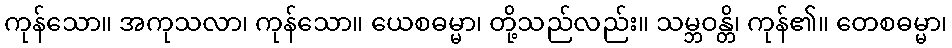
ကုန်သော။ အကုသလာ၊ ကုန်သော။ ယေစဓမ္မာ၊ တို့သည်လည်း။ သမ္ဘဝန္တိ၊ ကုန်၏။ တေစဓမ္မာ၊